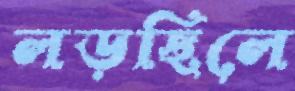
লড়ছিলে